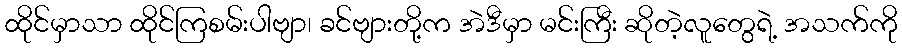
ထိုင်မှာသာ ထိုင်ကြစမ်းပါဗျာ၊ ခင်ဗျားတို့က အဲဒီမှာ မင်းကြီး ဆိုတဲ့လူတွေရဲ့ အသက်ကို